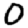
Digit: 0